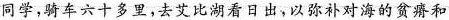
同学，骑车六十多里，去艾比湖看日出，以弥补对海的贫瘠和